DOW-UAP-D48, Department of the Air Force Report, 1996
Agency: Department of War
Incident date: 9/10/96
Page 60
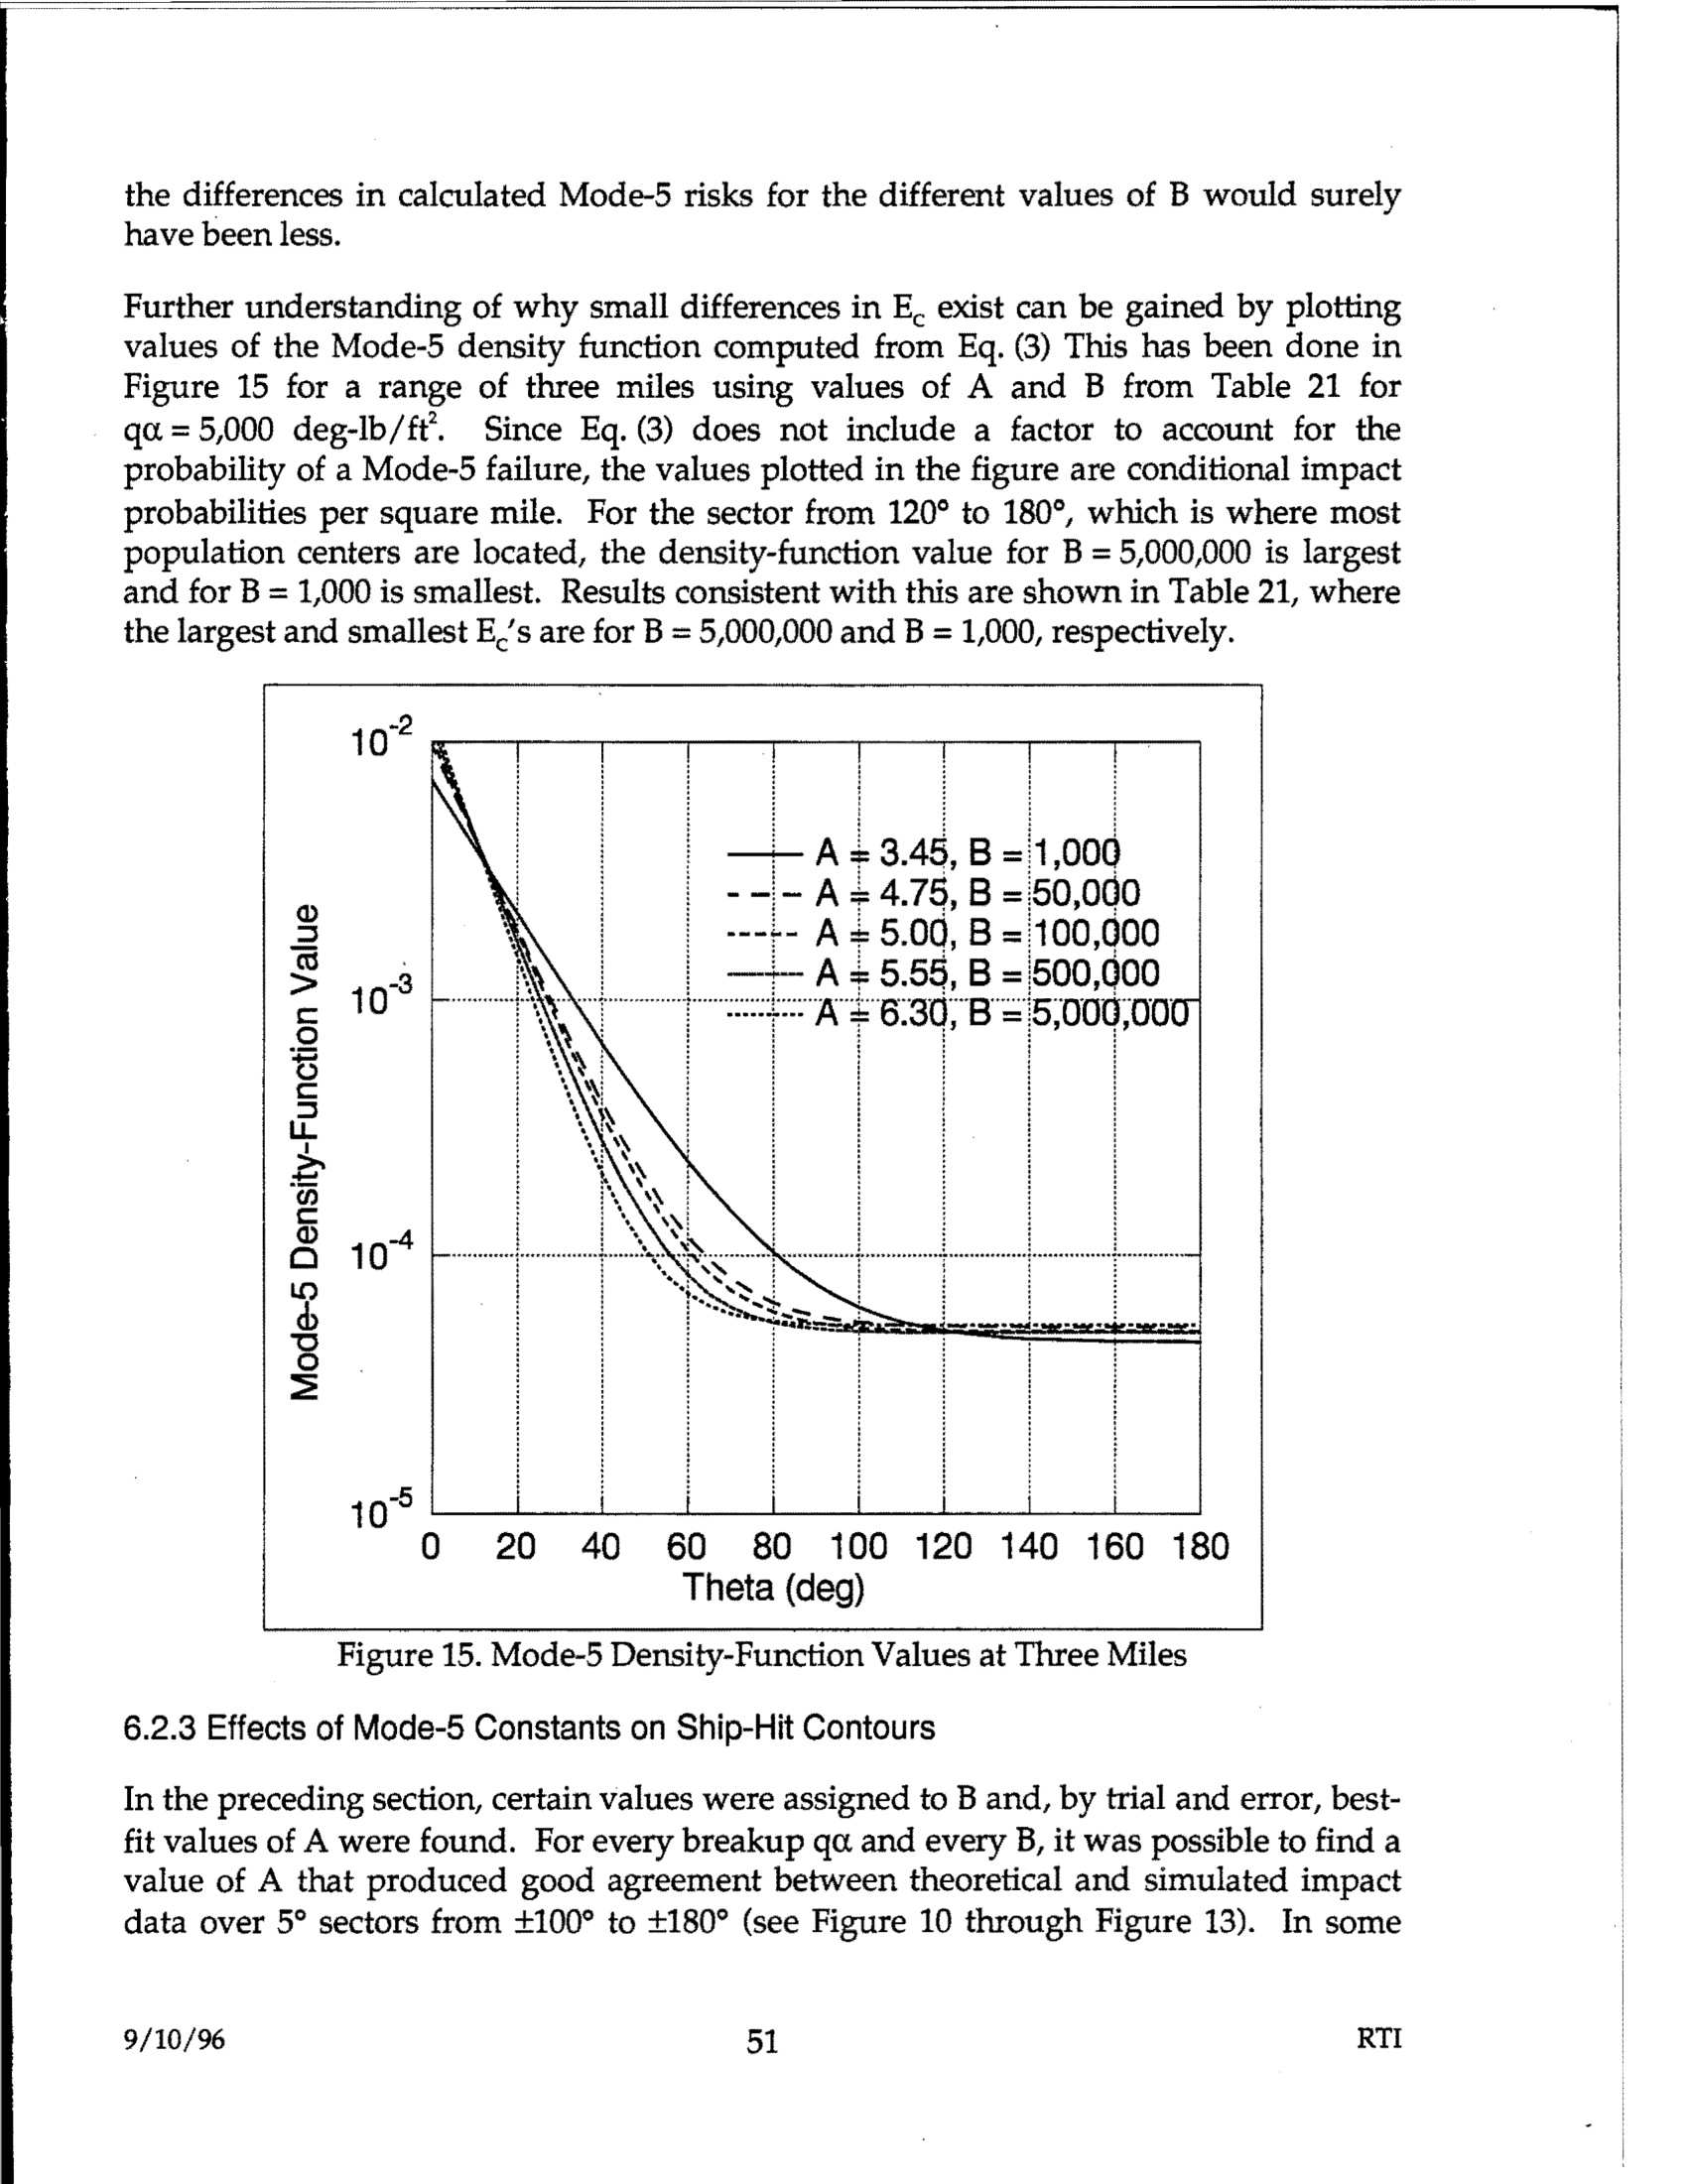